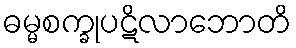
ဓမ္မစက္ခုပဋိလာဘောတိ